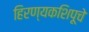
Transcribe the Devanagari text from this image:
हिरण्यकशिपूचे